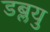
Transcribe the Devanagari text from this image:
डब्लयु